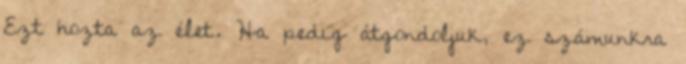
Ezt hozta az élet. Ha pedig átgondoljuk, ez számunkra